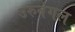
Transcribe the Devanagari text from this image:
उरुवंगल